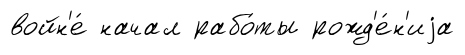
войн'е́ начал рабо́ты рожд'е́н'иjа